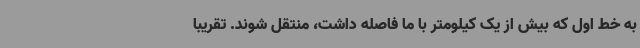
به خط اول که بیش از یک کیلومتر با ما فاصله داشت، منتقل شوند. تقریباً